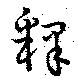
釈